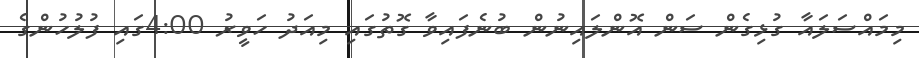
މިމައްސަލައާ ގުޅިގެން ސަން އޮންލައިނުން ބުނެފައިވާ ގޮތުގައި މިއަދު ހަވީރު 4:00ގައި ފުލުހުންގެ